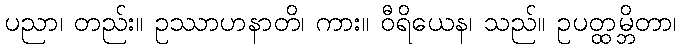
ပညာ၊ တည်း။ ဥဿာဟနာတိ၊ ကား။ ဝီရိယေန၊ သည်။ ဥပတ္ထမ္ဘိတာ၊